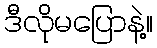
ဒီလိုမပြောနဲ့။